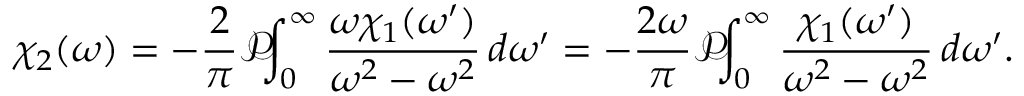
\chi _ { 2 } ( \omega ) = - { \frac { 2 } { \pi } } { \mathcal { P } } \! \! \! \int _ { 0 } ^ { \infty } { \frac { \omega \chi _ { 1 } ( \omega ^ { \prime } ) } { \omega ^ { 2 } - \omega ^ { 2 } } } \, d \omega ^ { \prime } = - { \frac { 2 \omega } { \pi } } { \mathcal { P } } \! \! \! \int _ { 0 } ^ { \infty } { \frac { \chi _ { 1 } ( \omega ^ { \prime } ) } { \omega ^ { 2 } - \omega ^ { 2 } } } \, d \omega ^ { \prime } .